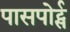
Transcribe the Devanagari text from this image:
पासपोर्ट्स